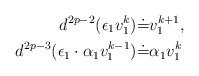
LaTeX: \begin{align*}d^{2p-2}(\epsilon_1v_1^k)\dot{=} &v_1^{k+1}, \\d^{2p-3}(\epsilon_1\cdot \alpha_1v_1^{k-1})\dot{=}&\alpha_1v_1^k \end{align*}